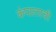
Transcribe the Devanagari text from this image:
कंपालाची